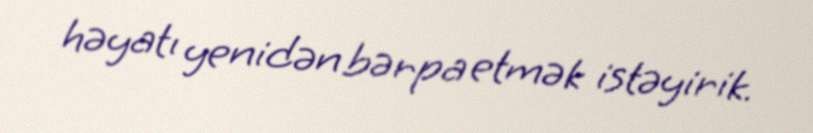
həyatı yenidən bərpa etmək istəyirik.